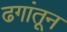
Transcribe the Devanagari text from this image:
ढगांतून